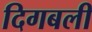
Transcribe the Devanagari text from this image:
दिगबली